General report no. 6 on the lunatic asylums, vaccination and dispensaries in the Bengal Presidency, 1873 -
Year: 1873
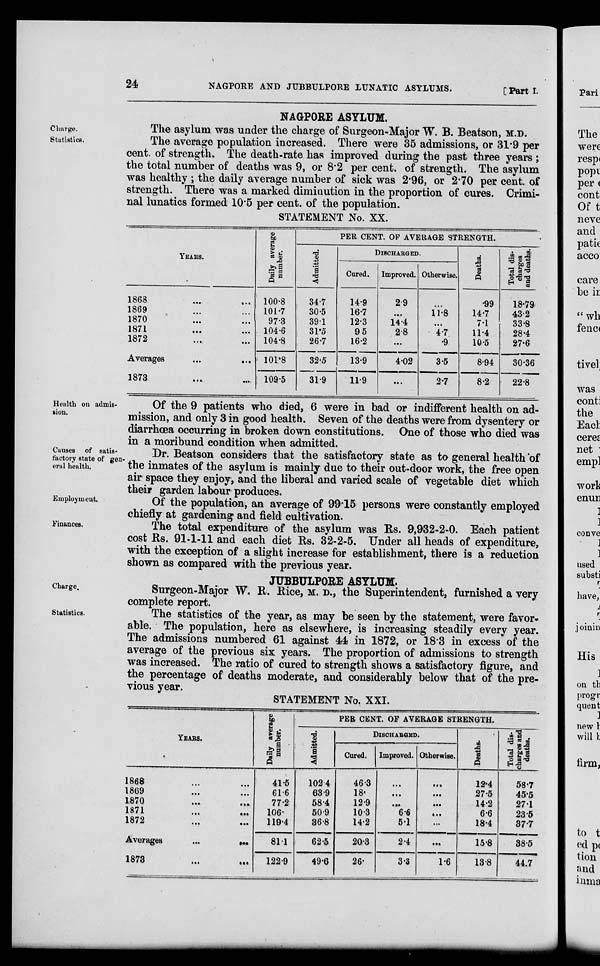
24
NAGPORE AND JUBBULPORE LUNATIC ASYLUMS.
[ Part I.
NAGPORE ASYLUM.
Charge.
The asylum was under the charge of Surgeon-Major W. B. Beatson, M.D.
Statistics.
The average population increased. There were 35 admissions, or 31.9 per
cent. of strength. The death-rate has improved during the past three years ;
the total number of deaths was 9, or 8.2 per cent. of strength. The asylum
was healthy ; the daily average number of sick was 2.96, or 2.70 per cent. of
strength. There was a marked diminution in the proportion of cures. Crimi-
nal lunatics formed 10.5 per cent. of the population.
STATEMENT No. XX.
YEARS.
1868
...
...
1869 ... ...
1870 ... ...
1871
...
...
1872 ... ...
Averages
...
...
1873 ... ...
Daily aver age
number.
100.8
101.7
97.3
104.6
104.8
101.8
109.5
PER CENT. OF AVERAGE STRENGTH.
Admitted.
34.7
30.5
39.1
31.5
26.7
32.5
31.9
DISCHARGED.
Cured.
14.9
16.7
12.3
9.5
16.2
13.9
11.9
Improved.
2.9
...
14.4
2.8
...
4.02
...
Otherwise.
...
11.8
...
4.7
.9
3.5
2.7
Deaths.
.99
14.7
7.1
11.4
10.5
8.94
8.2
Total dis-
charges
and deaths.
18.79
43.2
33.8
28.4
27.6
30.36
22.8
Health on admis-
sion.
Of the 9 patients who died, 6 were in bad or indifferent health on ad-
mission, and only 3 in good health. Seven of the deaths were from dysentery or
diarrhœa occurring in broken down constitutions. One of those who died was
in a moribund condition when admitted.
Causes of satis-
factory state of gen-
eral health.
Dr. Beatson considers that the satisfactory state as to general health of
the inmates of the asylum is mainly due to their out-door work, the free open
air space they enjoy, and the liberal and varied scale of vegetable diet which
their garden labour produces.
Employment.
Of the population, an average of 99.15 persons were constantly employed
chiefly at gardening and field cultivation.
Finances.
The total expenditure of the asylum was Rs. 9,932-2-0. Each patient
cost Rs. 91-1-11 and each diet Rs. 32-2-5. Under all heads of expenditure,
with the exception of a slight increase for establishment, there is a reduction
shown as compared with the previous year.
JUBBULPORE ASYLUM.
Charge.
Surgeon-Major W. R. Rice, M. D., the Superintendent, furnished a very
complete report.
Statistics.
The statistics of the year, as may be seen by the statement, were favor-
able. The population, here as elsewhere, is increasing steadily every year.
The admissions numbered 61 against 44 in 1872, or 18.3 in excess of the
average of the previous six years. The proportion of admissions to strength
was increased. The ratio of cured to strength shows a satisfactory figure, and
the percentage of deaths moderate, and considerably below that of the pre-
vious year.
STATEMENT No. XXI.
YEARS.
1868 ... ...
1869 ... ...
1870 ... ...
1871 ... ...
1872 ... ...
Averages
...
...
1873
...
...
Daily average
number.
41.5
61.6
77.2
106.
119.4
81.1
122.9
PER CENT. OF AVERAGE STRENGTH.
Admitted.
102.4
63.9
58.4
50.9
86.8
62.5
49.6
DISCHARGED.
Cured.
46.3
18.
12.9
10.3
14.2
20.3
26.
Improved.
...
...
...
6.6
5.1
2.4
3.3
Otherwise.
...
...
...
...
...
...
1.6
Deaths.
12.4
27.5
14.2
6.6
18.4
15.8
13.8
Total dis-
charges and
deaths.
58.7
45.5
27.1
23.5
37.7
38.5
44.7